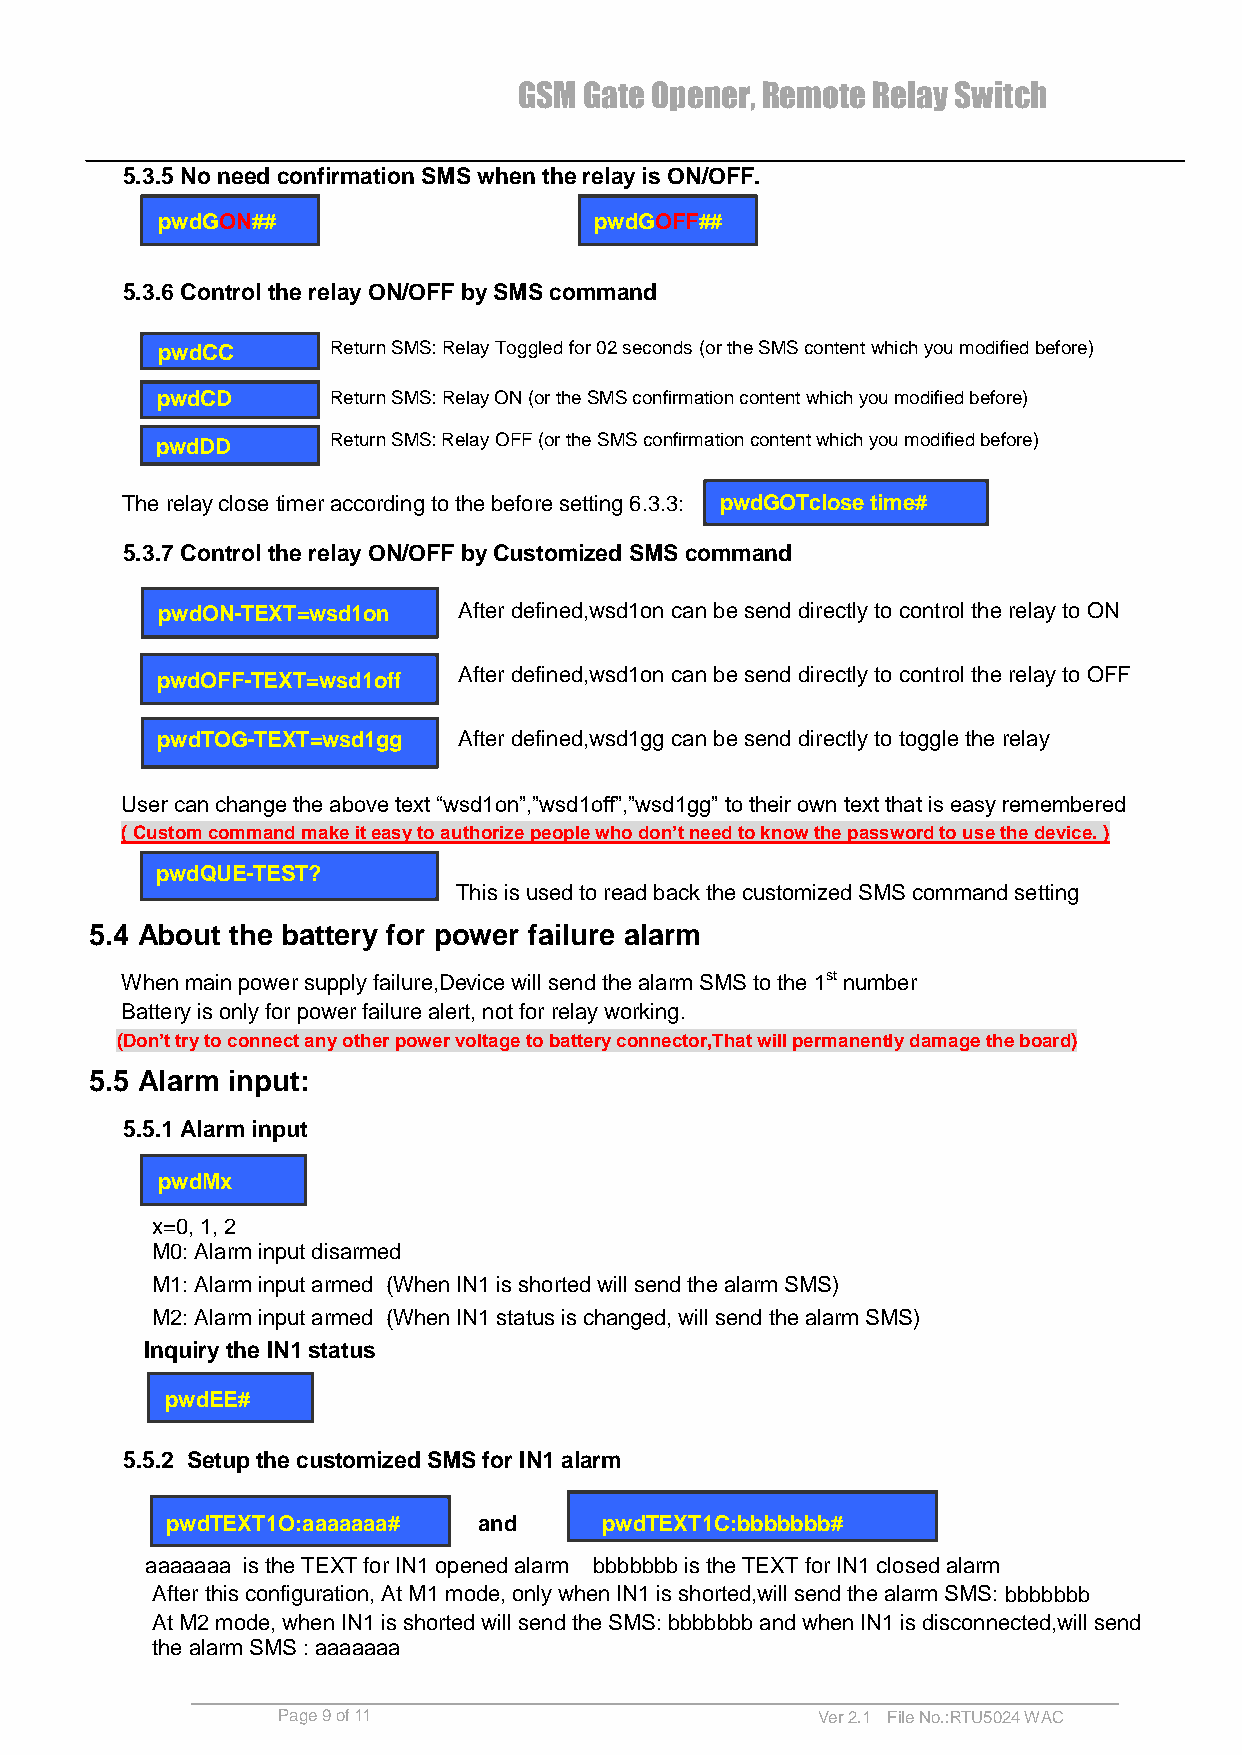
GSM  Gate Opener, Remote Relay Switch
 5.3.5 No need confirmation SMS when the relay is ON/OFF.
 pwdGON##                     pwdGOFF##
 5.3.6 Control the relay ON/OFF by SMS command
 pwdCC       Return SMS: Relay Toggled for 02 seconds (or the SMS content which you modified before)
 pwdCD       Return SMS: Relay ON (or the SMS confirmation content which you modified before)
 pwdDD       Return SMS: Relay OFF (or the SMS confirmation content which you modified before)
 The relay close timer according to the before setting 6.3.3: p wdGOTclose time#
 5.3.7 Control the relay ON/OFF by Customized SMS command
 pwdON-TEXT=wsd1on   After defined,wsd1on can be send directly to control the relay to ON
 pwdOFF-TEXT=wsd1off After defined,wsd1on can be send directly to control the relay to OFF
 pwdTOG-TEXT=wsd1gg  After defined,wsd1gg can be send directly to toggle the relay
 User can change the above text “wsd1on”,”wsd1off”,”wsd1gg” to their own text that is easy remembered
 ( Custom command make it easy to authorize people who don’t need to know the password to use the device. )
 pwdQUE-TEST?
 This is used to read back the customized SMS command setting
 5.4 About the battery for power failure alarm
 When main power supply failure,Device will send the alarm SMS to the 1st number
 Battery is only for power failure alert, not for relay working.
 (Don’t try to connect any other power voltage to battery connector,That will permanently damage the board)
 5.5 Alarm input:
 5.5.1 Alarm input
 pwdMx
 x=0, 1, 2
 M0: Alarm input disarmed
 M1: Alarm input armed (When IN1 is shorted will send the alarm SMS)
 M2: Alarm input armed (When IN1 status is changed, will send the alarm SMS)
 Inquiry the IN1 status
 pwdEE#
 5.5.2 Setup the customized SMS for IN1 alarm
 pwdTEXT1O:aaaaaaa#   and     pwdTEXT1C:bbbbbbb#
 aaaaaaa is the TEXT for IN1 opened alarm bbbbbbb is the TEXT for IN1 closed alarm
 After this configuration, At M1 mode, only when IN1 is shorted,will send the alarm SMS: bbbbbbb
 At M2 mode, when IN1 is shorted will send the SMS: bbbbbbb and when IN1 is disconnected,will send
 the alarm SMS : aaaaaaa
 Page 9 of 11                        Ver 2.1 File No.:RTU5024 WAC